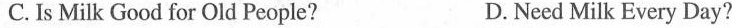
C.Is Milk Good for Old People?D.Need Milk Every Day?